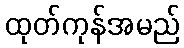
ထုတ်ကုန်အမည်